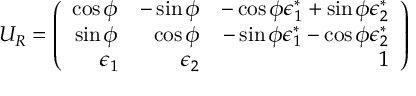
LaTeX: U _ { R } = \left( \begin{array} { r r r } { { \cos \phi } } & { { - \sin \phi } } & { { - \cos \phi \epsilon _ { 1 } ^ { * } + \sin \phi \epsilon _ { 2 } ^ { * } } } \\ { { \sin \phi } } & { { \cos \phi } } & { { - \sin \phi \epsilon _ { 1 } ^ { * } - \cos \phi \epsilon _ { 2 } ^ { * } } } \\ { { \epsilon _ { 1 } } } & { { \epsilon _ { 2 } } } & { { 1 } } \end{array} \right)